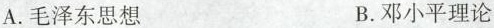
A.毛泽东思想 B.邓小平理论